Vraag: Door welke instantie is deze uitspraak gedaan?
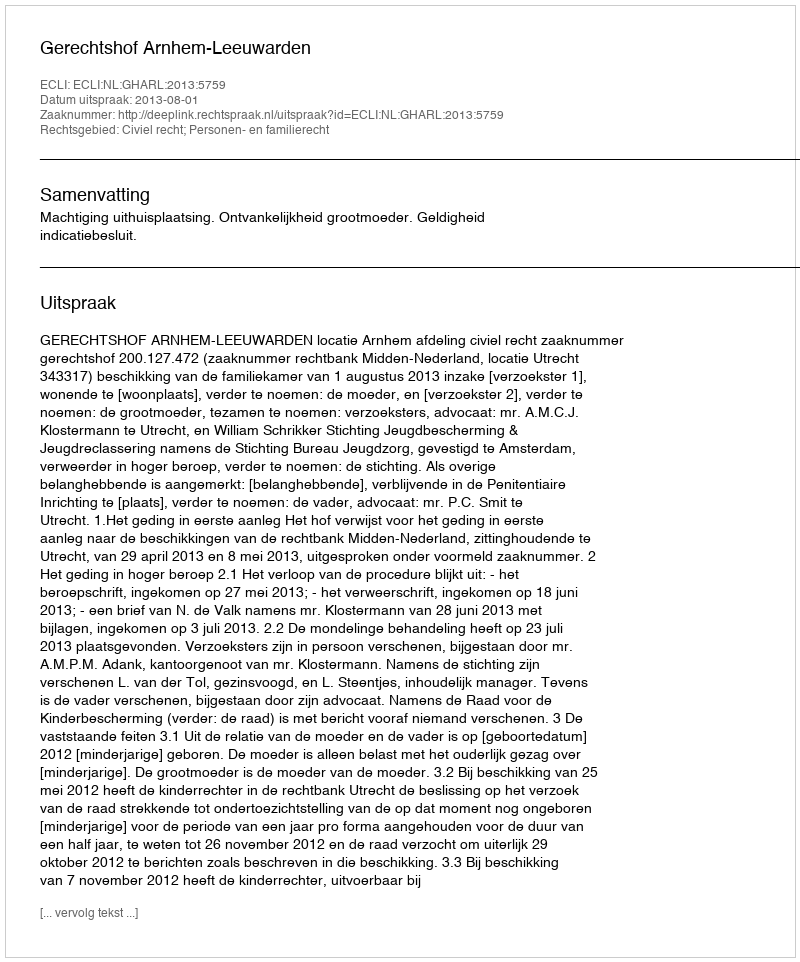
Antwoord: Gerechtshof Arnhem-Leeuwarden